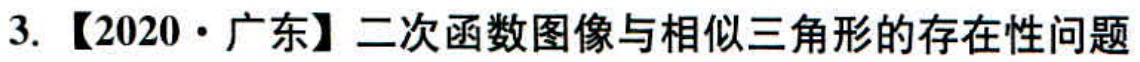
3. 【2020·广东】二次函数图像与相似三角形的存在性问题